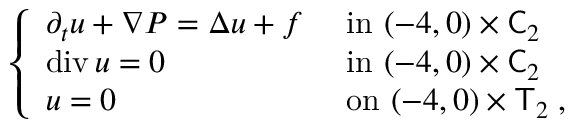
\begin{array} { r } { \left\{ \begin{array} { l l } { \partial _ { t } u + \nabla P = \Delta u + f } & { \mathrm { ~ i n ~ } ( - 4 , 0 ) \times \mathsf C _ { 2 } } \\ { \operatorname { d i v } u = 0 } & { \mathrm { ~ i n ~ } ( - 4 , 0 ) \times \mathsf C _ { 2 } } \\ { u = 0 } & { \mathrm { ~ o n ~ } ( - 4 , 0 ) \times \mathsf T _ { 2 } \; , } \end{array} \right. } \end{array}